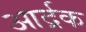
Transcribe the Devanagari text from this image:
आर्द्रक